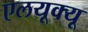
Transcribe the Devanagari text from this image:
एलयूक्यू